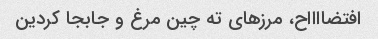
افتضااااح، مرزهای ته چین مرغ و جابجا کردین